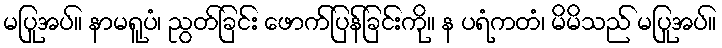
မပြုအပ်။ နာမရူပံ၊ ညွတ်ခြင်း ဖောက်ပြန်ခြင်းကို။ န ပရံကတံ၊ မိမိသည် မပြုအပ်။